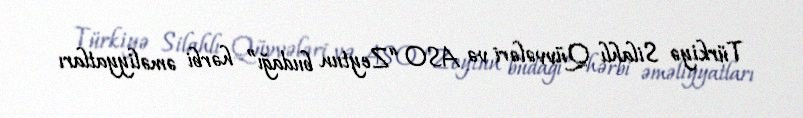
Türkiyə Silahlı Qüvvələri və ASO “Zeytun budağı” hərbi əməliyyatları